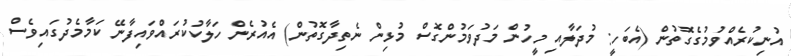
އުނިކުރެއްވުމުގެގޮތުން (އެބަހީ: މުދަލާއި މީހުން މަދުވަމުންގޮސް މުޅިން ނެތިދާގޮތުން) އެއުރެން ހަލާކުކުރައްވައިފާނޭ ކަމާމެދުގައިވެސް